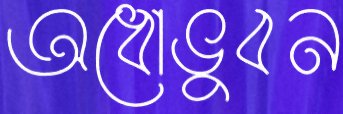
অধোভুবন